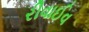
રીવાઈવ